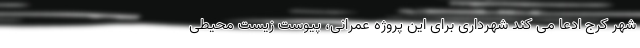
شهر کرج ادعا می کند شهرداری برای این پروژه عمرانی، پیوست زیست محیطی